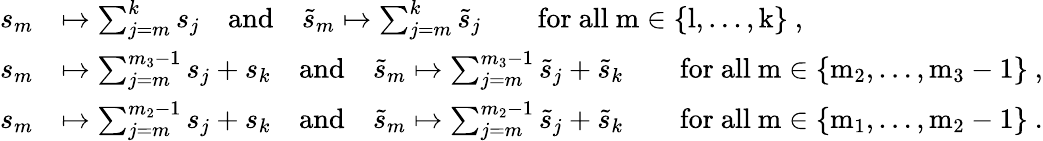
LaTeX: \begin{array}{rl}{s_{m}}&{\mapsto\sum_{j=m}^{k}s_{j}\quad\mathrm{and}\quad\tilde{s}_{m}\mapsto\sum_{j=m}^{k}\tilde{s}_{j}\qquad\mathrm{for~all~m\in\{ l,\dots,k\} ~},}\\ {s_{m}}&{\mapsto\sum_{j=m}^{m_{3}-1}s_{j}+s_{k}\quad\mathrm{and}\quad\tilde{s}_{m}\mapsto\sum_{j=m}^{m_{3}-1}\tilde{s}_{j}+\tilde{s}_{k}\qquad\mathrm{for~all~m\in\{ m_2,\dots,m_3-1\} ~},}\\ {s_{m}}&{\mapsto\sum_{j=m}^{m_{2}-1}s_{j}+s_{k}\quad\mathrm{and}\quad\tilde{s}_{m}\mapsto\sum_{j=m}^{m_{2}-1}\tilde{s}_{j}+\tilde{s}_{k}\qquad\mathrm{for~all~m\in\{ m_1,\dots,m_2-1\} ~}.}\end{array}